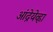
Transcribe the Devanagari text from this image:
आंद्रेयेव्ह्ना